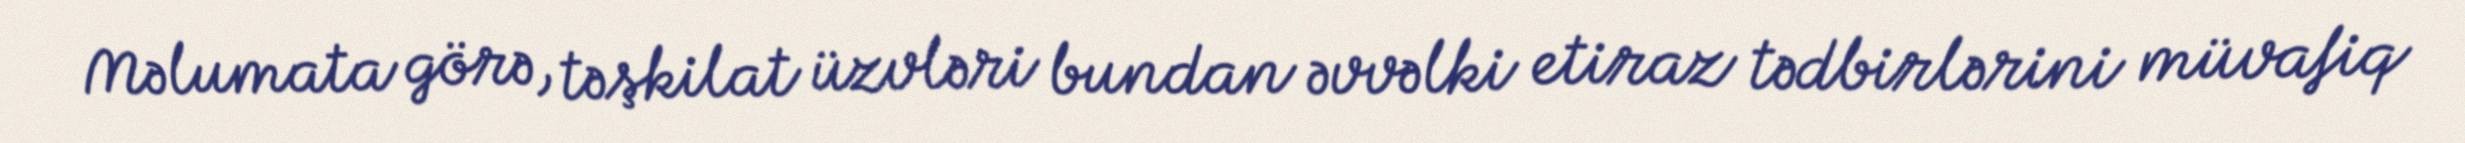
Məlumata görə, təşkilat üzvləri bundan əvvəlki etiraz tədbirlərini müvafiq